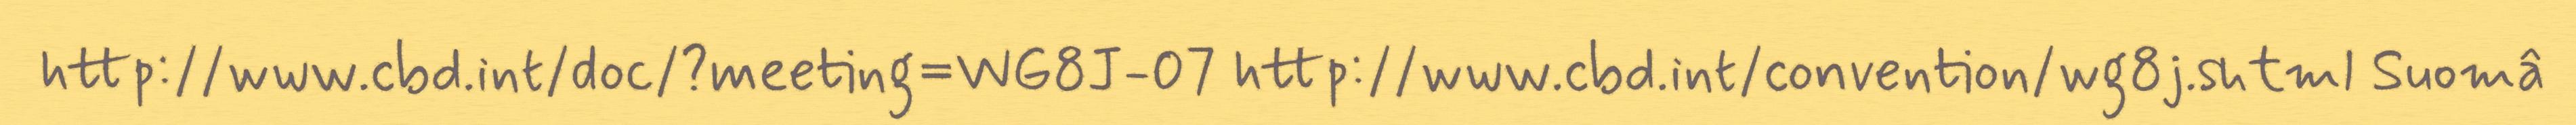
http://www.cbd.int/doc/?meeting=WG8J-07 http://www.cbd.int/convention/wg8j.shtml Suomâ